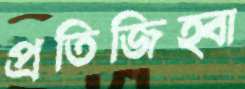
প্রতিজিহ্বা